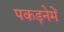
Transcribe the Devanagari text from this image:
पकड़नेमें